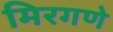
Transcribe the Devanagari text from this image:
मिरगणे